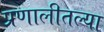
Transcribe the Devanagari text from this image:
प्रणालीतल्या